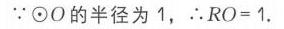
\(\because \odot O\) 的半径为 \(1\)，\(\therefore RO = 1\).